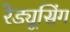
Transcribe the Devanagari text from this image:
रेड्यूसिंग